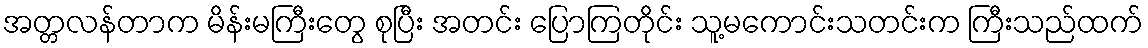
အတ္တလန်တာက မိန်းမကြီးတွေ စုပြီး အတင်း ပြောကြတိုင်း သူ့မကောင်းသတင်းက ကြီးသည်ထက်